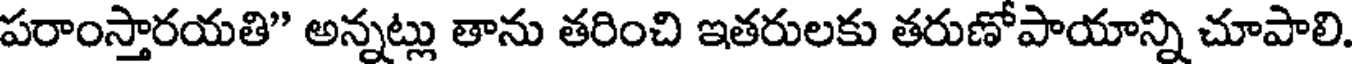
పరాంస్తారయతి" అన్నట్లు తాను తరించి ఇతరులకు తరుణోపాయాన్ని చూపాలి.